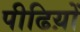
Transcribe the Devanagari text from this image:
पीढिय़ों